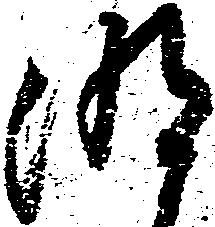
明